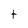
Character: t